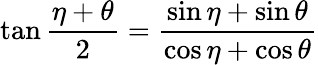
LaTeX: \tan{\frac{\eta+\theta}{2}}={\frac{\sin\eta+\sin\theta}{\cos\eta+\cos\theta}}